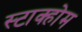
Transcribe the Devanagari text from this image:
स्टाक्होम